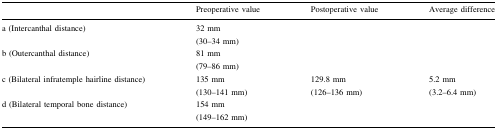
<table><thead><tr><td></td><td><b>Preoperative value</b></td><td><b>Postoperative value</b></td><td><b>Average difference</b></td></tr></thead><tbody><tr><td>a (Intercanthal distance)</td><td>32 mm(30–34 mm)</td><td></td><td></td></tr><tr><td>b (Outercanthal distance)</td><td>81 mm(79–86 mm)</td><td></td><td></td></tr><tr><td>c (Bilateral infratemple hairline distance)</td><td>135 mm(130–141 mm)</td><td>129.8 mm(126–136 mm)</td><td>5.2 mm(3.2–6.4 mm)</td></tr><tr><td>d (Bilateral temporal bone distance)</td><td>154 mm(149–162 mm)</td><td></td><td></td></tr></tbody></table>